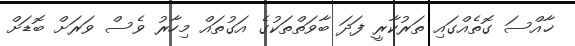
ޚާއްސަ ގޮތެއްގައި ތަރުކާރީ ފަދަ ބާވަތްތަކުގެ އަގުތައް މިހާރު ވެސް ވަރަށް ބޮޑަށް